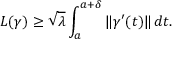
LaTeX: L ( \gamma ) \geq { \sqrt { \lambda } } \int _ { a } ^ { a + \delta } \| \gamma ^ { \prime } ( t ) \| \, d t .